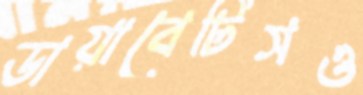
ডায়াবেটিসও